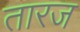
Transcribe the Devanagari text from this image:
तारज